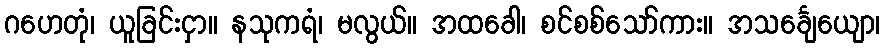
ဂဟေတုံ၊ ယူခြင်းငှာ။ နသုကရံ၊ မလွယ်။ အထခေါ၊ စင်စစ်သော်ကား။ အသင်္ချေယျော၊